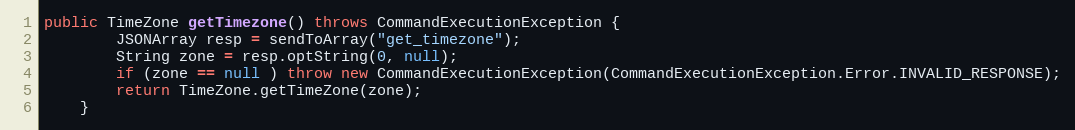
Language: Java
public TimeZone getTimezone() throws CommandExecutionException {
        JSONArray resp = sendToArray("get_timezone");
        String zone = resp.optString(0, null);
        if (zone == null ) throw new CommandExecutionException(CommandExecutionException.Error.INVALID_RESPONSE);
        return TimeZone.getTimeZone(zone);
    }